Scottish Leaving Certificate Examination, 1961
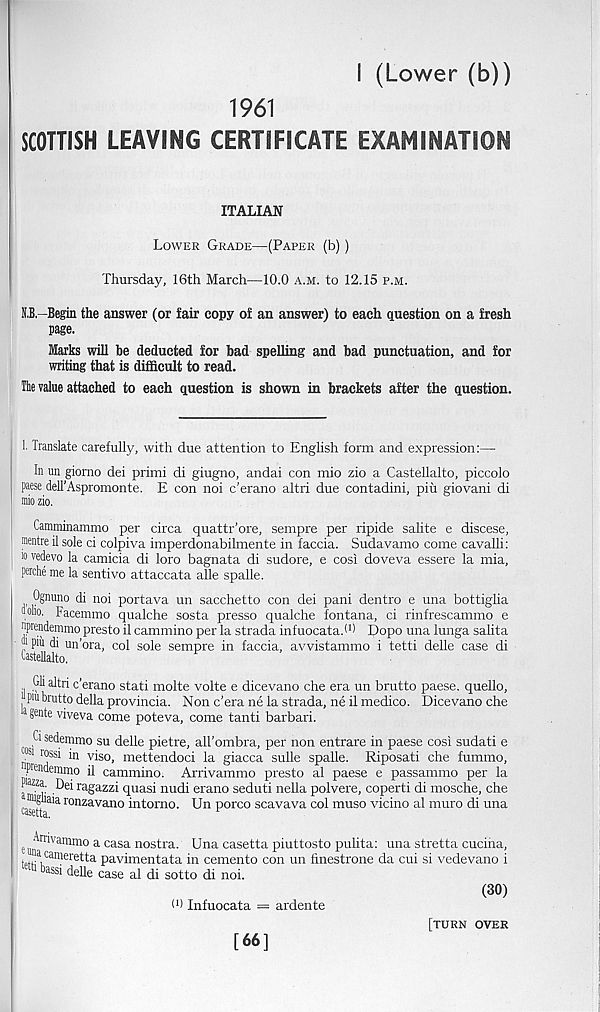
I (Lower (b))
1961
SCOTTISH LEAVING CERTIFICATE EXAMINATION
ITALIAN
Lower Grade—(Paper (b))
Thursday, 16th March—10.0 a.m. to 12.15 p.m.
N.B.-Begin the answer (or fair copy of an answer) to each question on a fresh
page.
Marks will be deducted for bad spelling and bad punctuation, and for
writing that is difficult to read.
The value attached to each question is shown in brackets after the question.
1. Translate carefully, with due attention to English form and expression:—
In un giorno dei primi di giugno, andai con mio zio a Castellalto, piccolo
paese dell'Aspromonte. E con noi c’erano altri due contadini, piu giovani di
mio zio.
Camminammo per circa quattr’ore, sempre per ripide salite e discese,
mentre il sole ci colpiva imperdonabilmente in faccia. Sudavamo come cavalli:
io vedevo la camicia di loro bagnata di sudore, e cosi doveva essere la mia,
perche me la sentivo attaccata alle spalle.
Ognuno di noi portava un sacchetto con dei pani dentro e una bottiglia
oolio. Facemmo qualche sosta presso qualche fontana, ci rinfrescammo e
nprendemmo presto il cammino per la strada infuocata.i 1 * ipopo una lunga salita
J 1 pm di un’ora, col sole sempre in faccia, avvistammo i tetti delle case di
Castellalto.
Gli altri c’erano stati molte volte e dicevano che era un brutto paese. quello,
I P m brutto della provincia. Non c’era ne la strada, ne il medico. Dicevano che
a gente viveva come poteva, come tanti barbari.
Ci sedemmo su delle pietre, aU’ombra, per non entrare in paese cosi sudati e
®i rossi in viso, mettendoci la giacca sulle spalle. Riposati che fummo,
prendemmo il cammino. Arrivammo presto al paese e passammo per la
Pazza. Dei ragazzi quasi nudi erano seduti nella polvere, coperti di mosche, che
■mgiiaia ronzavano intorno. Un porco scavava col muso vicino al muro di una
^etta.
ruvammo a casa nostra. Una casetta piuttosto pulita: una stretta cucina,
i.,, a , carnere tta pavimentata in cemento con un finestrone da cui si vedevano i
1 tassi delle case al di sotto di noi.
(30)
d) Infuocata = ardente
[turn over
[66]